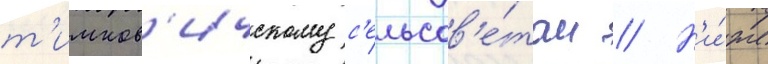
т'имков'ичскому с'ельсов'е́там // Н'и́же